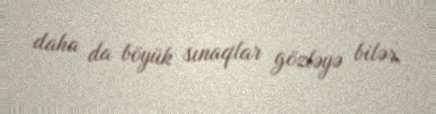
daha da böyük sınaqlar gözləyə bilər.